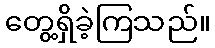
တွေ့ရှိခဲ့ကြသည်။